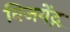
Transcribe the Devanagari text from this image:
विजयेंद्ग